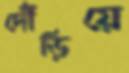
দৌঁড়িয়ে